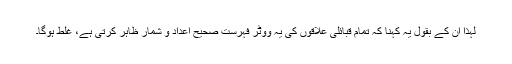
لہذا ان کے بقول یہ کہنا کہ تمام قبائلی علاقوں کی یہ ووٹر فہرست صحیح اعداد و شمار ظاہر کرتی ہے، غلط ہوگا۔